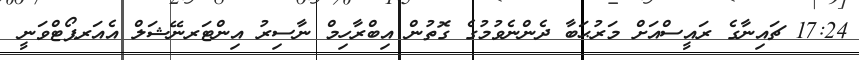
17:24 ޗައިނާގެ ރައީސްއަށް މަރުޙަބާ ދެންނެވުމުގެ ގޮތުން އިބްރާހިމް ނާސިރު އިންޓަރނޭޝަލް އެއަރޕޯޓްވަނީ